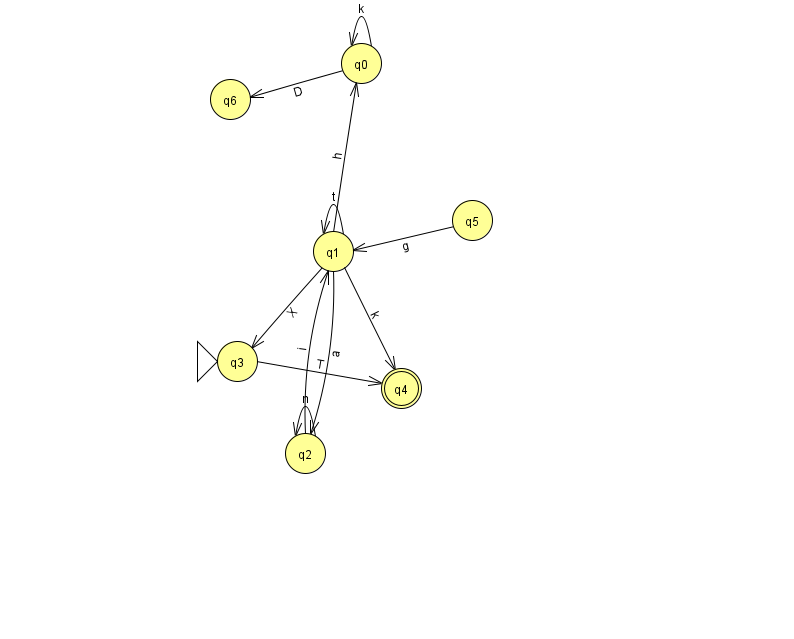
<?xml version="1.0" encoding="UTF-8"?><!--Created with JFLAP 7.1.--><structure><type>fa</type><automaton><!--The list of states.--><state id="0" name="q0"><x>361.0</x><y>50.0</y></state><state id="1" name="q1"><x>333.0</x><y>238.0</y></state><state id="2" name="q2"><x>305.0</x><y>440.0</y></state><state id="3" name="q3"><x>237.0</x><y>348.0</y><initial/></state><state id="4" name="q4"><x>401.0</x><y>375.0</y><final/></state><state id="5" name="q5"><x>472.0</x><y>207.0</y></state><state id="6" name="q6"><x>230.0</x><y>86.0</y></state><!--The list of transitions.--><transition><from>2</from><to>1</to><read>i</read></transition><transition><from>1</from><to>1</to><read>t</read></transition><transition><from>1</from><to>3</to><read>X</read></transition><transition><from>1</from><to>0</to><read>h</read></transition><transition><from>3</from><to>4</to><read>T</read></transition><transition><from>1</from><to>2</to><read>a</read></transition><transition><from>1</from><to>4</to><read>k</read></transition><transition><from>0</from><to>0</to><read>k</read></transition><transition><from>0</from><to>6</to><read>D</read></transition><transition><from>5</from><to>1</to><read>g</read></transition><transition><from>2</from><to>2</to><read>n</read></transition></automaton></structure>